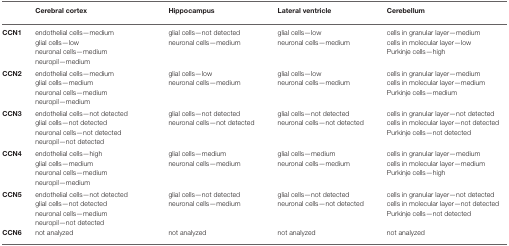
|  | Cerebral cortex | Hippocampus | Lateral ventricle | Cerebellum |
 | --- | --- | --- | --- | --- |
 | CCN1 | endothelial cells—medium glial cells—low neuronal cells—medium neuropil—medium | glial cells—not detected neuronal cells—medium | glial cells—low neuronal cells—medium | cells in granular layer—medium cells in molecular layer—low Purkinje cells—high |
 | CCN2 | endothelial cells—medium glial cells—medium neuronal cells—medium neuropil—medium | glial cells—low neuronal cells—medium | glial cells—low neuronal cells—medium | cells in granular layer—medium cells in molecular layer—medium Purkinje cells—medium |
 | CCN3 | endothelial cells—not detected glial cells—not detected neuronal cells—not detected neuropil—not detected | glial cells—not detected neuronal cells—not detected | glial cells—not detected neuronal cells—not detected | cells in granular layer—not detected cells in molecular layer—not detected Purkinje cells—not detected |
 | CCN4 | endothelial cells—high glial cells—medium neuronal cells—medium neuropil—medium | glial cells—medium neuronal cells—medium | glial cells—medium neuronal cells—medium | cells in granular layer—medium cells in molecular layer—medium Purkinje cells—high |
 | CCN5 | endothelial cells—not detected glial cells—not detected neuronal cells—medium neuropil—not detected | glial cells—not detected neuronal cells—medium | glial cells—not detected neuronal cells—not detected | cells in granular layer—not detected cells in molecular layer—not detected Purkinje cells—not detected |
 | CCN6 | not analyzed | not analyzed | not analyzed | not analyzed |